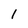
Character: 1